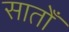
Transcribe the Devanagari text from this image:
सातोँ